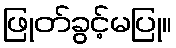
ဖြုတ်ခွင့်မပြု။